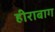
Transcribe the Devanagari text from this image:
हीराबाग